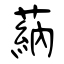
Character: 蒳